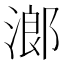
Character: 𱧧